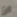
ان